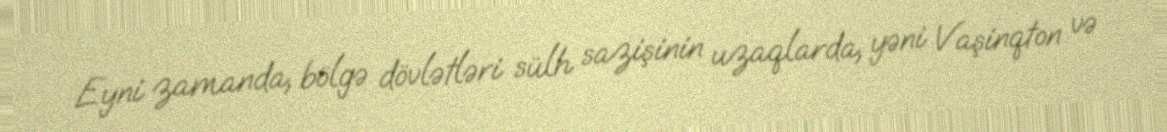
Eyni zamanda, bölgə dövlətləri sülh sazişinin uzaqlarda, yəni Vaşinqton və